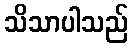
သိသာပါသည်